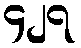
၄၂၇